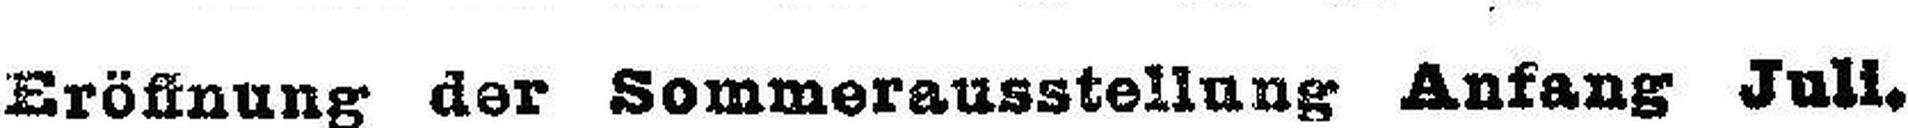
Eröffnung der Sommerausstellung Anfang Juli.